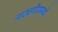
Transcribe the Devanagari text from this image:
नाट्यगौरवमध्ये